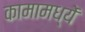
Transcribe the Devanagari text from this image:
कामामध्यें